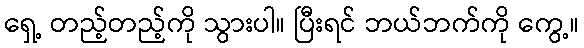
ရှေ့ တည့်တည့်ကို သွားပါ။ ပြီးရင် ဘယ်ဘက်ကို ကွေ့။